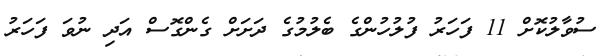
ސުވާލުކޮށް 11 ފަހަރު ފުލުހުންގެ ބެލުމުގެ ދަށަށް ގެންގޮސް އަދި ނުވަ ފަހަރު